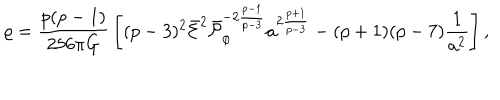
\varrho = { \frac { p ( p - 1 ) } { 2 5 6 \pi G } } \left[ ( p - 3 ) ^ { 2 } \bar { \cal E } ^ { 2 } \bar { \cal P } _ { \phi } ^ { - 2 { \frac { p - 1 } { p - 3 } } } a ^ { 2 { \frac { p + 1 } { p - 3 } } } - ( p + 1 ) ( p - 7 ) { \frac { 1 } { a ^ { 2 } } } \right] ,